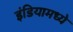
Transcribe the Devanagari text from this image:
इंडियामध्‍ये